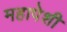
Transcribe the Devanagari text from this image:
महापेशी